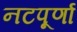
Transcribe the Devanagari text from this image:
नटपूर्णा